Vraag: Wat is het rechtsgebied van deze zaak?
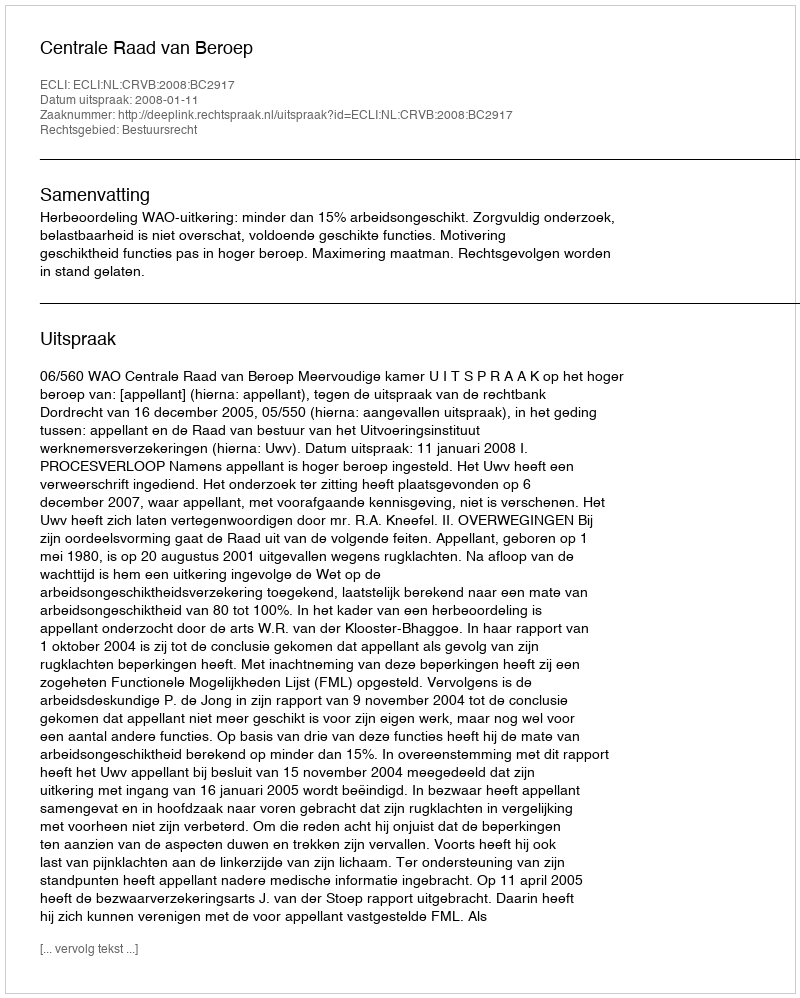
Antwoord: Bestuursrecht